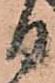
日